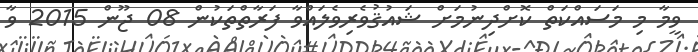
ވީމާ މި މަސައްކަތް ކޮށްދިނުމަށް ޝައުޤުވެރިވެލައްވާ ފަރާތްތަކުން 08 ޖޫން 2015 ވާ